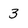
Character: 3